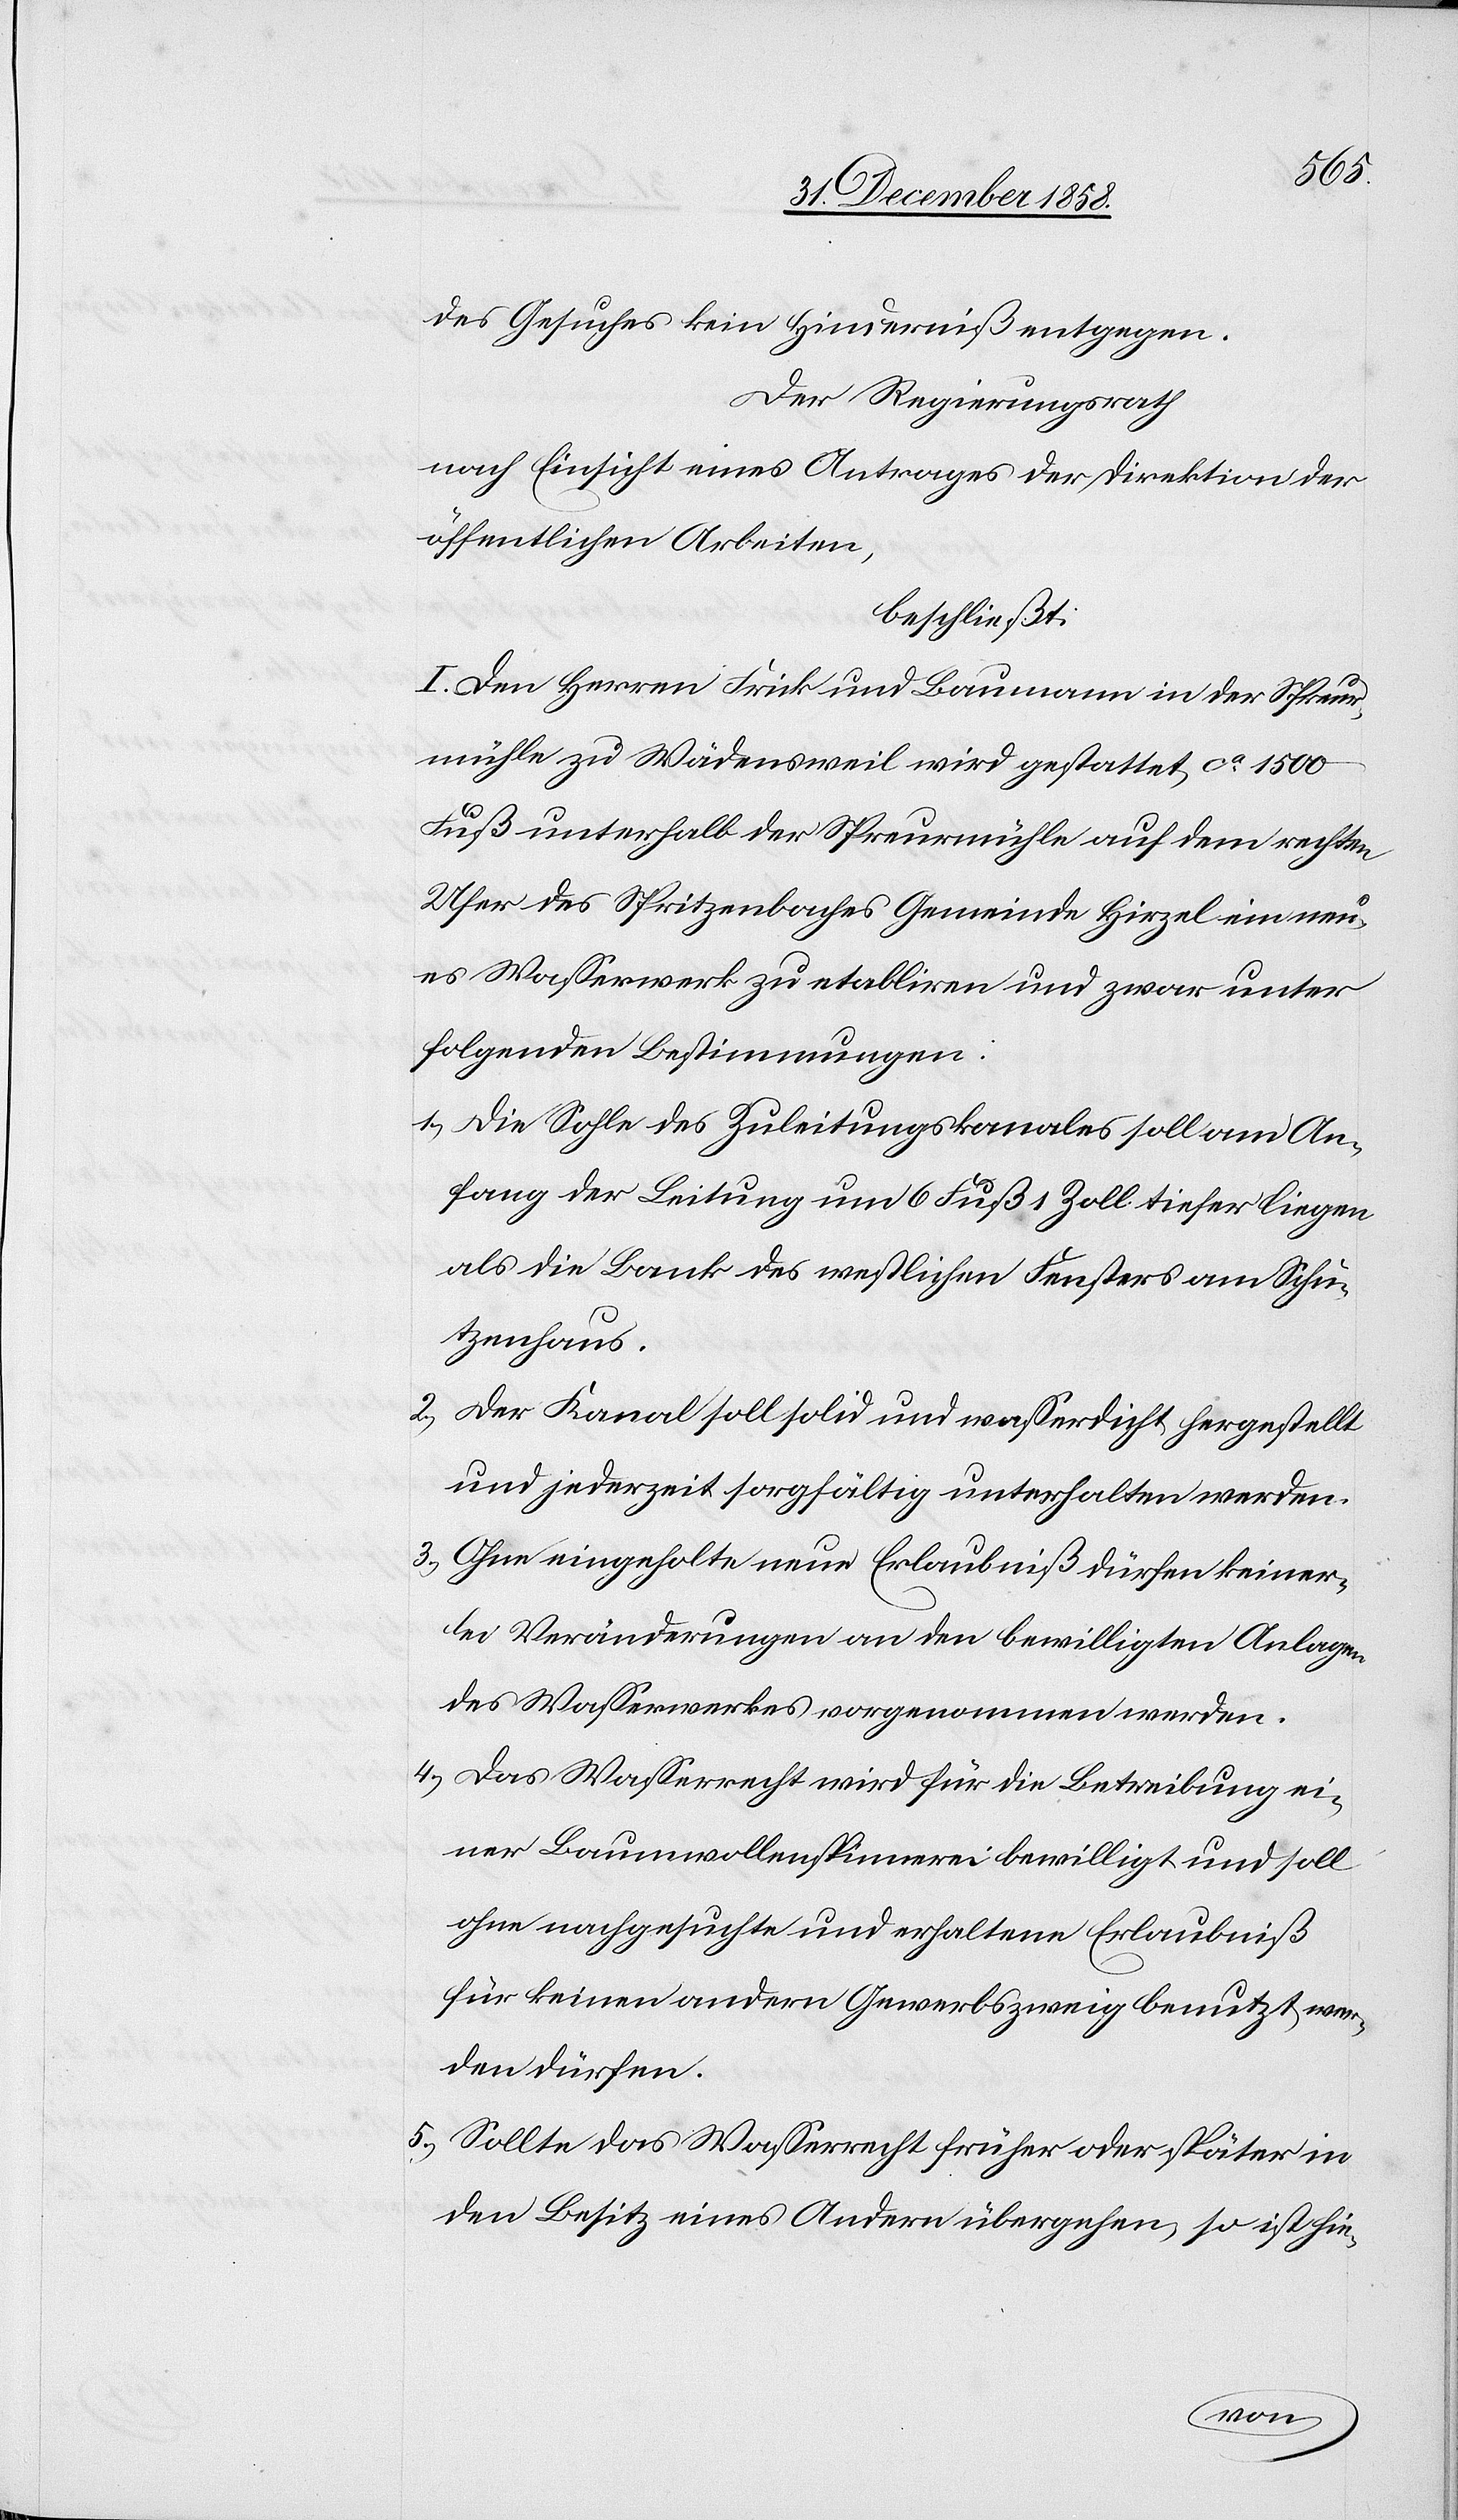
des Gesuches kein Hinderniß entgegen.
Der Regierungsrath
nach Einsicht eines Antrages der Direktion der
öffentlichen Arbeiten,
beschließt:
I. Den Herren Frick und Baumann in der Spreur¬
mühle zu Wädensweil wird gestattet, ca 1500
Fuß unterhalb der Spreurmühle auf dem rechten
Ufer des Spritzenbaches Gemeinde Hirzel ein neu¬
es Wasserwerk zu etabliren und zwar unter
folgenden Bestimmungen:
Die Sohle des Zuleitungskanales soll am An¬
fang der Leitung um 6 Fuß 1 Zoll tiefer liegen
als die Bank des westlichen Fensters am Schü¬
tzenhaus.
Der Kanal soll solid und wasserdicht hergestellt
und jederzeit sorgfältig unterhalten werden.
Ohne eingeholte neue Erlaubniß dürfen keiner¬
lei Veränderungen an den bewilligten Anlagen
des Wasserwerkes vorgenommen werden.
Das Wasserrecht wird für die Betreibung ei¬
ner Baumwollenspinnerei bewilligt und soll
ohne nachgesuchte und erhaltene Erlaubniß
für keinen andern Gewerbszweig benutzt wer¬
den dürfen.
Sollte das Wasserrecht früher oder später in
den Besitz eines Andern übergehen, so ist hie-